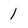
Character: 1